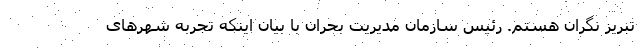
تبریز نگران هستم. رئیس سازمان مدیریت بحران با بیان اینکه تجربه شهرهای